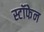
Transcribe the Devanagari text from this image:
स्टॉफेन